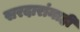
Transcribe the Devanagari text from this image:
सरदारांनाही